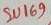
Text: SU169